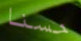
حسنا